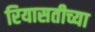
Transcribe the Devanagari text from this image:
रियासतीच्या